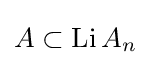
A\subset \mathop {\mathrm {Li} } A_{n}